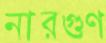
নারগুণ